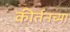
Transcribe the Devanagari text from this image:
कीर्तनच्या